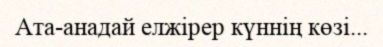
Ата-анадай елжірер күннің көзі...